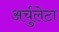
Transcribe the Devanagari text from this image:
अर्चुलेटा